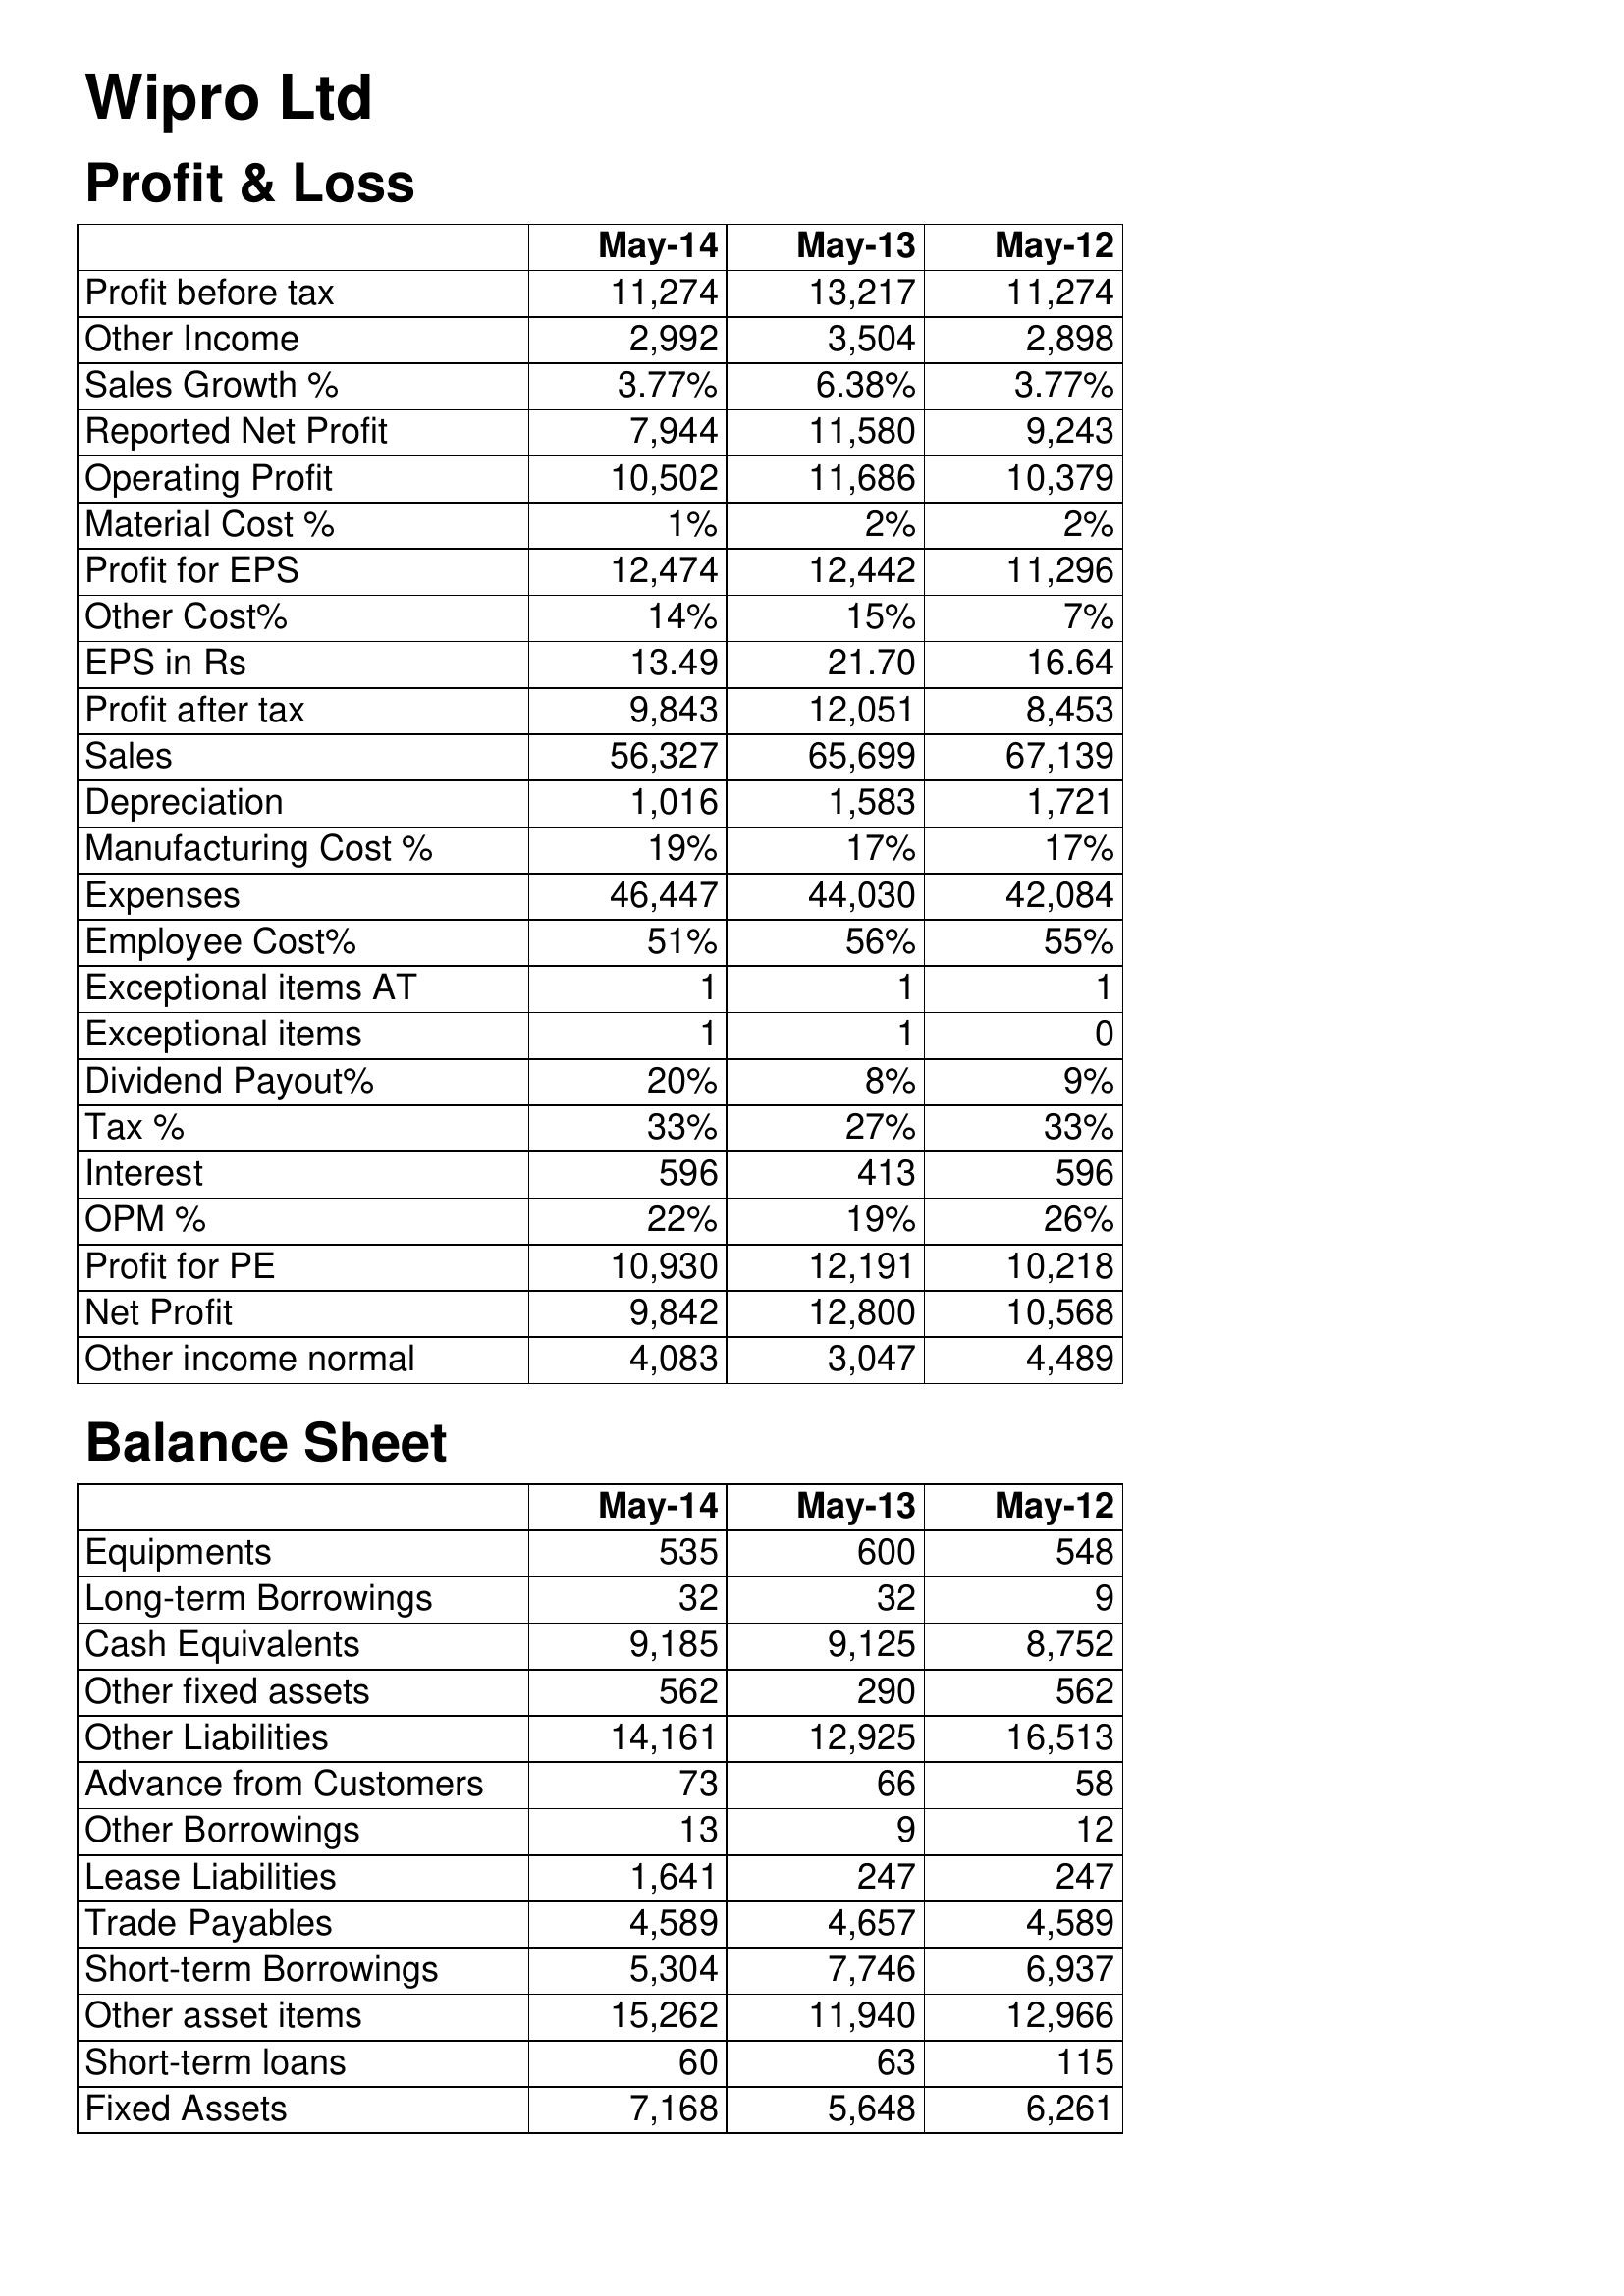
May-14: Profit & Loss: Profit before tax: 11,274
Other Income: 2,992
Sales Growth %: 3.77%
Reported Net Profit: 7,944
Operating Profit: 10,502
Material Cost %: 1%
Profit for EPS: 12,474
Other Cost%: 14%
EPS in Rs: 13.49
Profit after tax: 9,843
Sales: 56,327
Depreciation: 1,016
Manufacturing Cost %: 19%
Expenses: 46,447
Employee Cost%: 51%
Exceptional items AT: 1
Exceptional items: 1
Dividend Payout%: 20%
Tax %: 33%
Interest: 596
OPM %: 22%
Profit for PE: 10,930
Net Profit: 9,842
Other income normal: 4,083
Balance Sheet: Equipments: 535
Long-term Borrowings: 32
Cash Equivalents: 9,185
Other fixed assets: 562
Other Liabilities: 14,161
Advance from Customers: 73
Other Borrowings: 13
Lease Liabilities: 1,641
Trade Payables: 4,589
Short-term Borrowings: 5,304
Other asset items: 15,262
Short-term loans: 60
Fixed Assets: 7,168
May-13: Profit & Loss: Profit before tax: 13,217
Other Income: 3,504
Sales Growth %: 6.38%
Reported Net Profit: 11,580
Operating Profit: 11,686
Material Cost %: 2%
Profit for EPS: 12,442
Other Cost%: 15%
EPS in Rs: 21.70
Profit after tax: 12,051
Sales: 65,699
Depreciation: 1,583
Manufacturing Cost %: 17%
Expenses: 44,030
Employee Cost%: 56%
Exceptional items AT: 1
Exceptional items: 1
Dividend Payout%: 8%
Tax %: 27%
Interest: 413
OPM %: 19%
Profit for PE: 12,191
Net Profit: 12,800
Other income normal: 3,047
Balance Sheet: Equipments: 600
Long-term Borrowings: 32
Cash Equivalents: 9,125
Other fixed assets: 290
Other Liabilities: 12,925
Advance from Customers: 66
Other Borrowings: 9
Lease Liabilities: 247
Trade Payables: 4,657
Short-term Borrowings: 7,746
Other asset items: 11,940
Short-term loans: 63
Fixed Assets: 5,648
May-12: Profit & Loss: Profit before tax: 11,274
Other Income: 2,898
Sales Growth %: 3.77%
Reported Net Profit: 9,243
Operating Profit: 10,379
Material Cost %: 2%
Profit for EPS: 11,296
Other Cost%: 7%
EPS in Rs: 16.64
Profit after tax: 8,453
Sales: 67,139
Depreciation: 1,721
Manufacturing Cost %: 17%
Expenses: 42,084
Employee Cost%: 55%
Exceptional items AT: 1
Exceptional items: 0
Dividend Payout%: 9%
Tax %: 33%
Interest: 596
OPM %: 26%
Profit for PE: 10,218
Net Profit: 10,568
Other income normal: 4,489
Balance Sheet: Equipments: 548
Long-term Borrowings: 9
Cash Equivalents: 8,752
Other fixed assets: 562
Other Liabilities: 16,513
Advance from Customers: 58
Other Borrowings: 12
Lease Liabilities: 247
Trade Payables: 4,589
Short-term Borrowings: 6,937
Other asset items: 12,966
Short-term loans: 115
Fixed Assets: 6,261